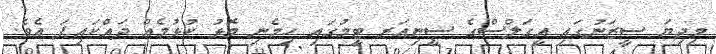
މިދިޔަ ސީޒަނުގައި އީގަލްސްގެ ސީނިއަރ ޓީމުގައި ހިމެނި މޮޅު ކުޅުމެއް ދައްކައިފަ އެވެ.